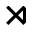
\rtimes